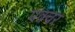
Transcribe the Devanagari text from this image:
पंक्‍चर